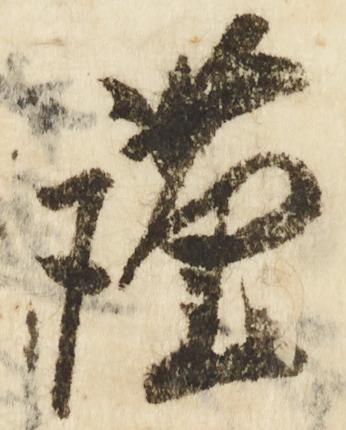
謹